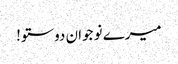
میرے نو جوان دوستو!